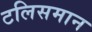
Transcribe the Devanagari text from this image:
टलिसमान